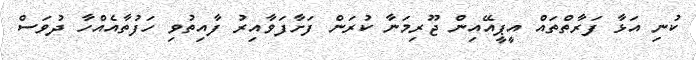
ކުނި އަޅާ ފަރާތްތައް އީޕީއޭއިން ޖޫރިމަނާ ކުރަން ފަށާފަވާއިރު ފާއިތުވި ހަފުތާއެއްހާ ދުވަސް